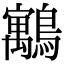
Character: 䴁